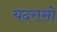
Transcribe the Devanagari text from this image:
चंदरासो